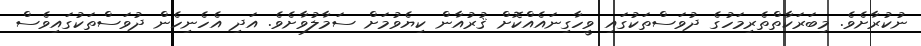
ނުކުރާށެވެ. މިބަރަކާތްތެރިމަހުގެ ދުވަސްތަކުގައި ވީހާގިނައެއްކޮށް ޤުރުއާން ކިޔެވުމަށް ސަމާލުވާށެވެ. އަދި އެހެނިހެން ދުވަސްތަކުގައިވެސް